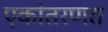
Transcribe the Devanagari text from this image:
एकांतरणत